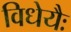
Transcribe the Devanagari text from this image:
विधेयैः